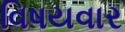
વિષયવાર